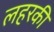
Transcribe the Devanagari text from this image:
लहरकी